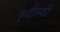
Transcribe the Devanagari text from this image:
ह्वीस्की